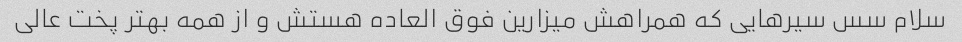
سلام سس سیرهایی که همراهش میزارین فوق العاده هستش و از همه بهتر پخت عالی